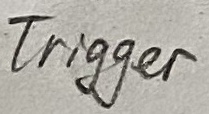
Text: Trigger